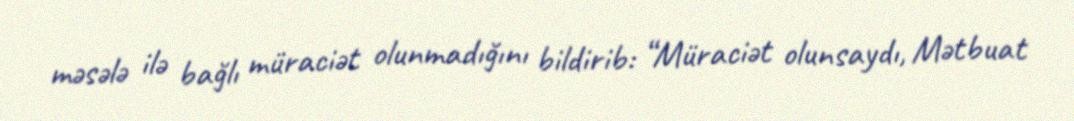
məsələ ilə bağlı müraciət olunmadığını bildirib: “Müraciət olunsaydı, Mətbuat